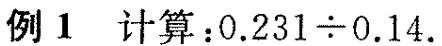
例1计算：$$0 . 2 3 1\div 0 . 1 4$$.